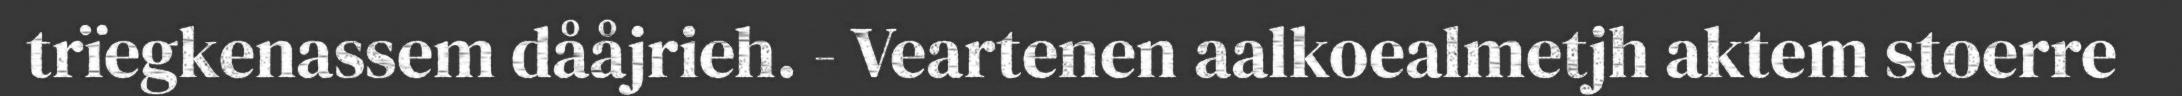
trïegkenassem dååjrieh. - Veartenen aalkoealmetjh aktem stoerre